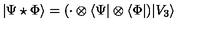
| \Psi \star \Phi \rangle = ( \cdot \otimes \langle \Psi | \otimes \langle \Phi | ) | V _ { 3 } \rangle